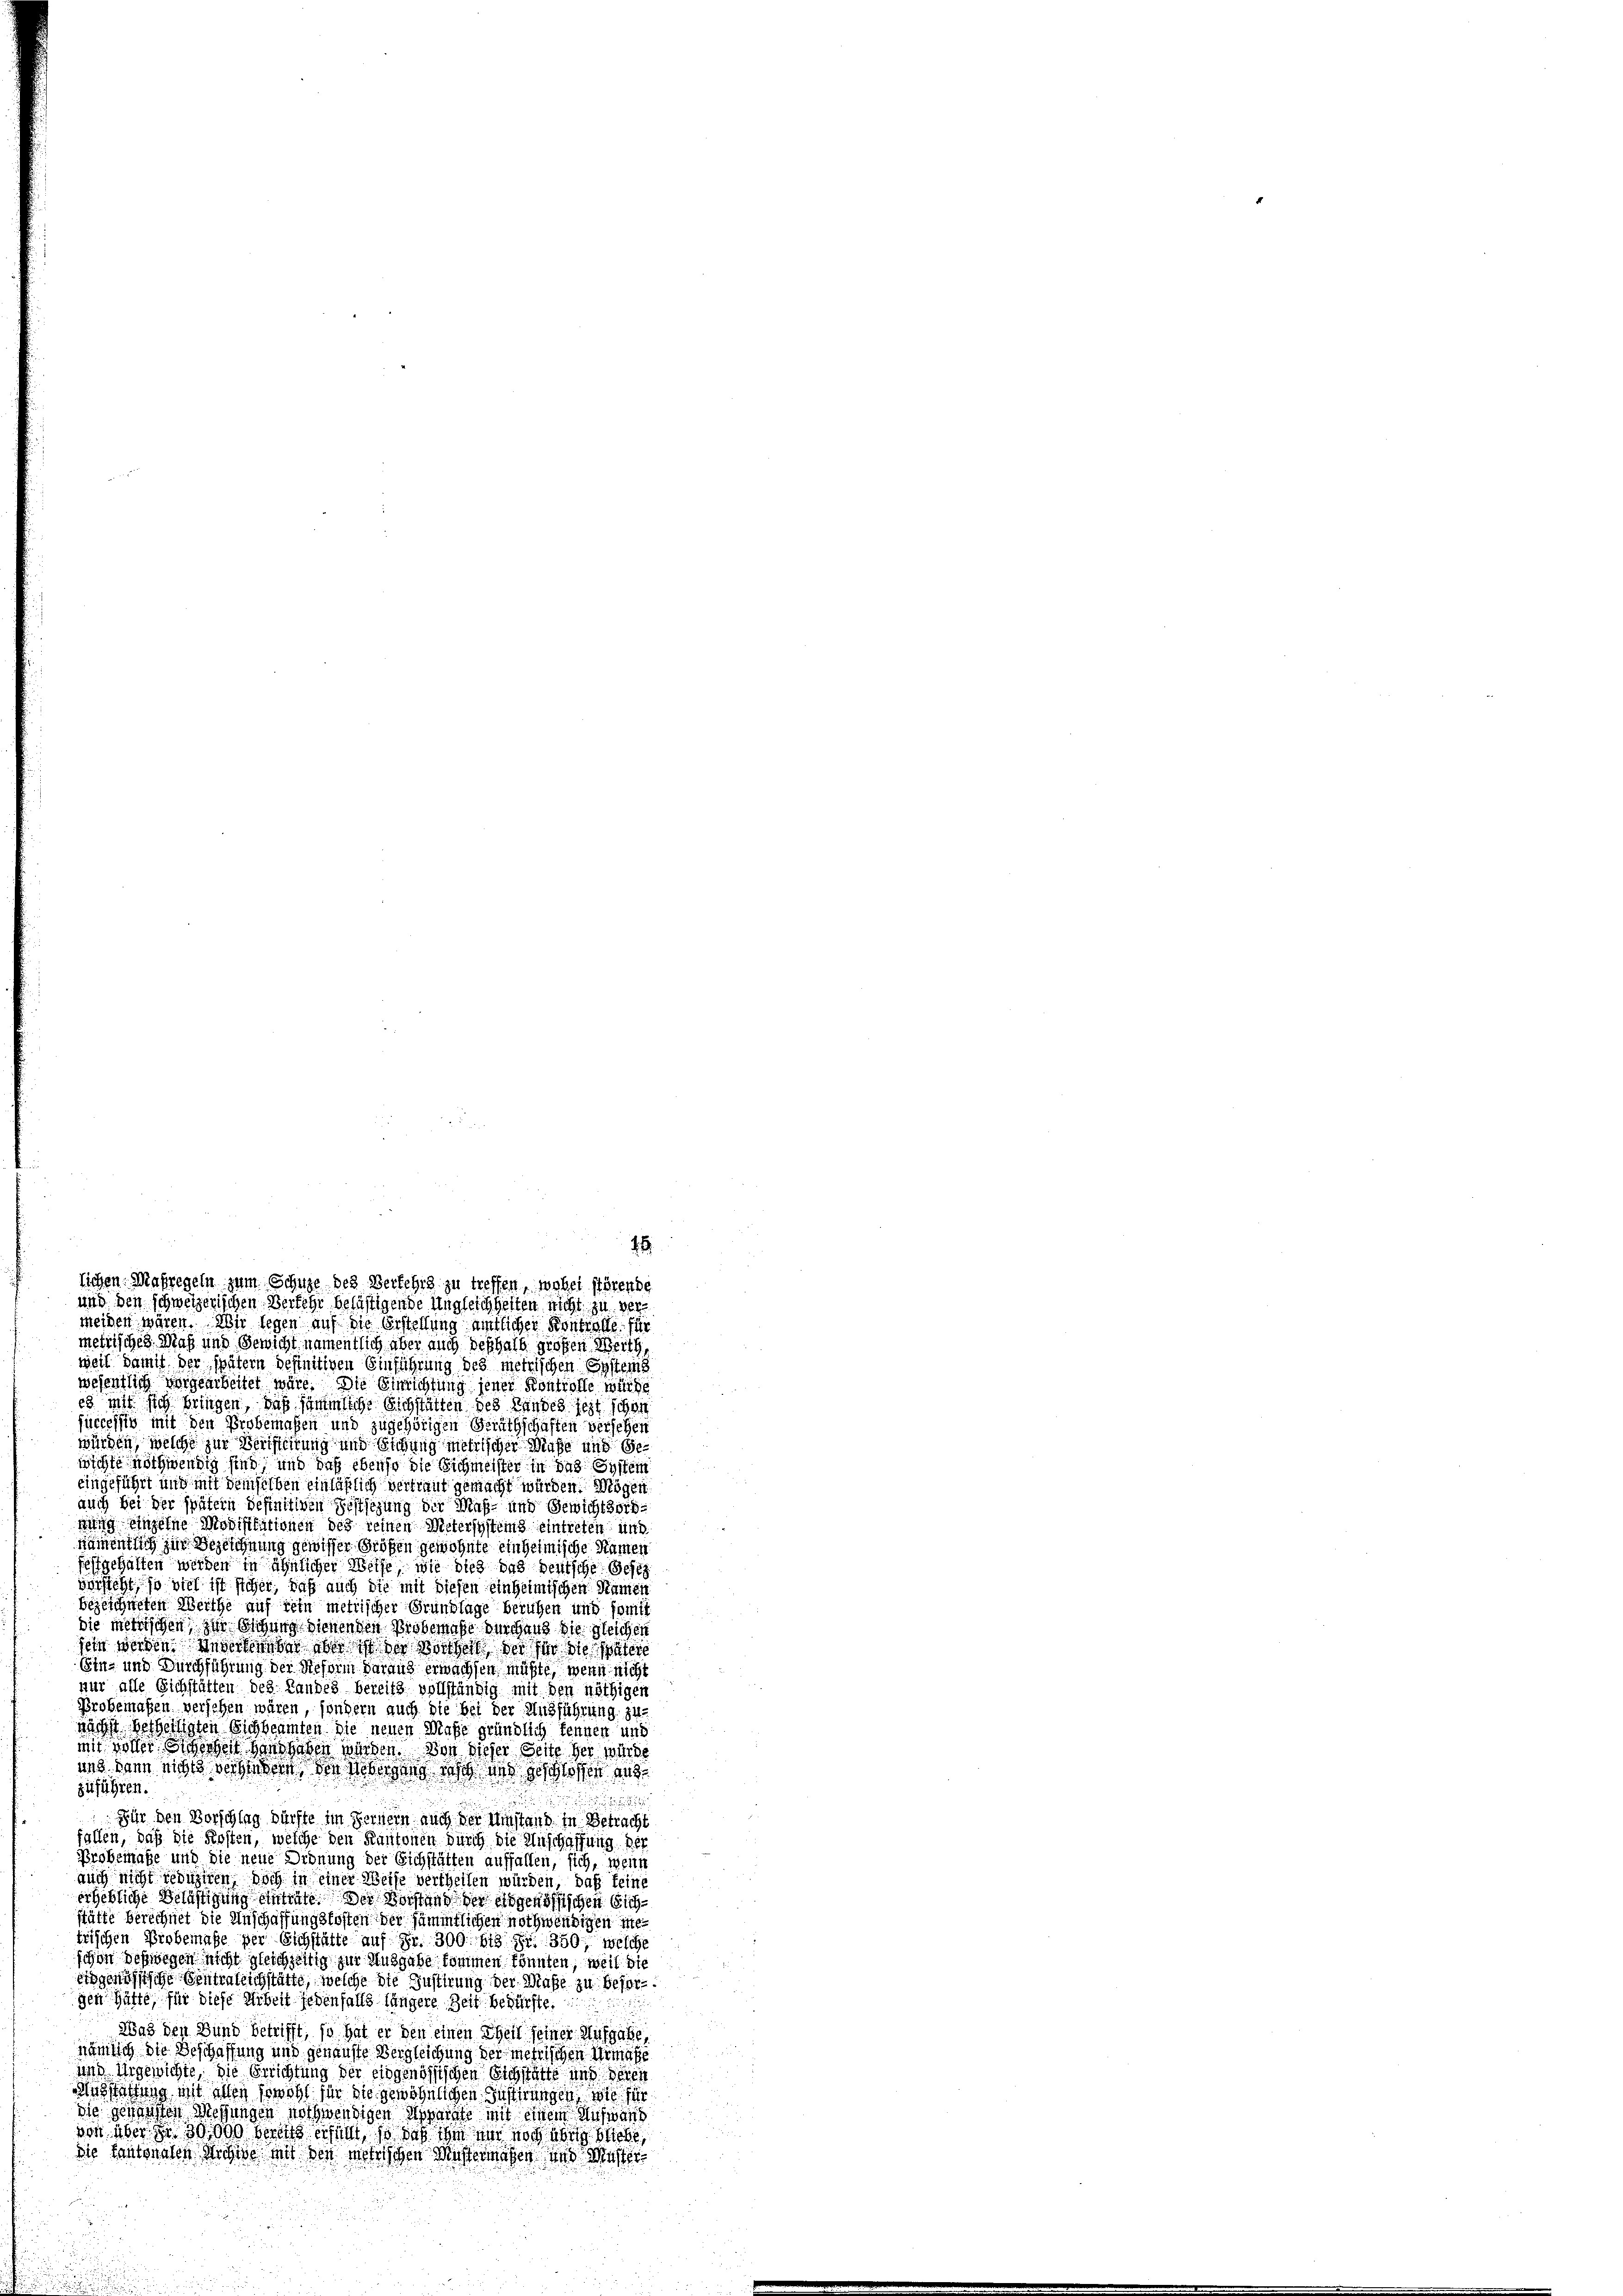
metrisches Maß und Gewicht namentlich aber auch deshalb großen Werth
weil damit der spätern befinitiven Einführung des metrischen Systems
wesentlich vorgearbeitet wäre. Die Einrichtung jener Kontrolle würde
es mit sich bringen, daß sämmtliche Sichstätten des Landes jezt schon
successiv mit den Probemassen und zugehörigen Geräthschaften versehen
würden, welche zur Vertheilung und Sichung mehrlicher Maße und Gewichte nothwendig sind, und daß ebenso die Eichmeister in das System
eingeführt und mit demselben einläßlich vertraut gemacht würden. Mögen
auch bei der spätern befinitiven Festsezung der Maß- und Gewichtsord-
wung einzelne Modifikationen des keinen Metersystems eintreten und
namentlich zur Bezeichnung gewisser Großen gewohnte einheimische Namen
festgehalten werden in ähnlicher Weise, wie dies das deutsche Gesez
vorsteht, so viel ist sicher, daß auch die mit diesen einheimischen Namen
bezeichneten Werthe auf sein metrischer Grundlage beruhen und somit
die metrischen zur Sitzung dienen den Probemasse durchaus die gleichen
sein werden anderheben aber ich der Wochelt der in die später
Ein- und Durchführung der Reform daraus erwachsen müßte, wenn nicht
nur alle Sichstätten des Landes bereits vollständig mit den nöthigen
Probemaßen versehen wären, sondern auch die bei der Ausführung zunächst betheiligten Sichbeamten die neuen Maße gründlich kennen und
mit vorher werden Hand haben würden. Von dieser Seite her welche
und dann nichts verhindern, den Uebersing sich und geschlossen and
zuführen.
.
Für den Vorschlag dürfte im Fernern auch der Umstand in Betracht
fallen, daß die Kosten, welche den Kantonen durch die Anschaffung der
Probemahe und die neue Ordnung der Eichstätten auffallen, sich, wenn
auch nicht redigiren, doch in einer Weise vertheilen würden, daß keine
erhebliche Belästigung eintritt die Vorstand der abgenössischen Eichstätte berechnet die Anschaffungskosten der sämmtlichen nothwendigen inte
trischen Probemaße der Eichstätte auf Fr. 300. 613 Fr. 350, welche
schon deswegen nicht gleichzeitig zur Ausgabe kommen könnten, weil die
eidgenössische Centratlichstätte, welche die Justirung der Maße zu Besorggen hätte, für diese Arbeit jedenfalls längere Zeit bedürfte.
Was den Bund betrifft, so hat er den einen Theil seiner Aufgabe
nämlich die Beschaffung und genauste Vergleichung der metrischen Urmaße
und Urgewichte, die Errichtung der eidgenössischen Eichstätte und deren
Missstattung mit allen sowohl für die gewöhnlichen Justirungen, wie für
die gerichten Wegungen nothwendigen Spannte mit einem Michwand
von über zu 30000 bereits erfüllt, so daß ihm nur noch überg stehe
Die Kantonalen Kreise mit den metrischen Mustermassen und Masser

1
lichen Maßregeln zum Schutze des Verkehrs zu treffen, wobei störende
und den schweizerischen Verfehr belästigende Ungleichheiten nicht zu vermeiden wären. Wir legen auf die Erstellung amtlicher Kontrafe für